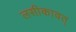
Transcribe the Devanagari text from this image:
लसीकावत्